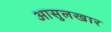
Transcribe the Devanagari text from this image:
आसुलखार